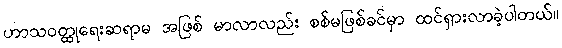
ဟာသဝတ္ထုရေးဆရာမ အဖြစ် မာလာလည်း စစ်မဖြစ်ခင်မှာ ထင်ရှားလာခဲ့ပါတယ်။